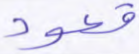
قعود